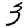
Digit: 3